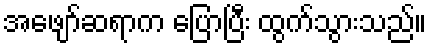
အဖျော်ဆရာက ပြောပြီး ထွက်သွားသည်။